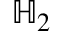
{ \mathbb { H } } _ { 2 }